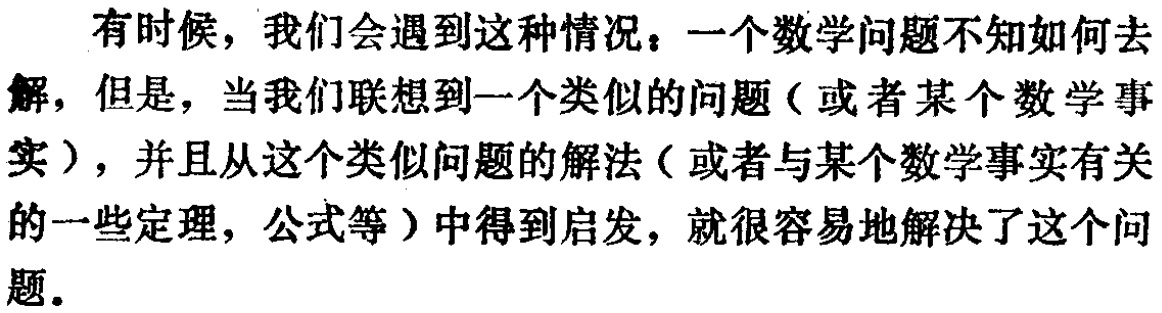
有时候，我们会遇到这种情况：一个数学问题不知如何去解，但是，当我们联想到一个类似的问题（或者某个数学事实），并且从这个类似问题的解法（或者与某个数学事实有关的一些定理，公式等）中得到启发，就很容易地解决了这个问题.